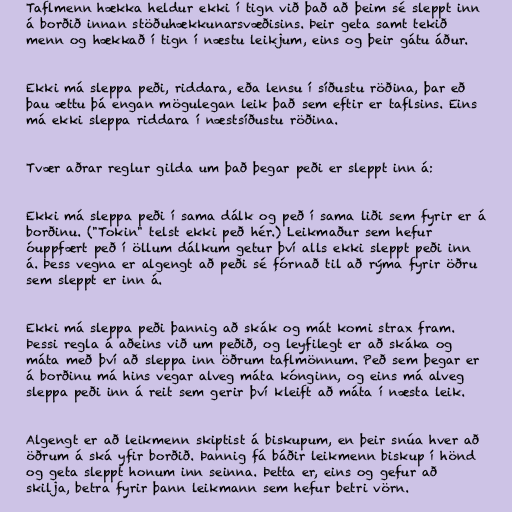
Taflmenn hækka heldur ekki í tign við það að þeim sé sleppt inn
á borðið innan stöðuhækkunarsvæðisins. Þeir geta samt tekið
menn og hækkað í tign í næstu leikjum, eins og þeir gátu áður.

Ekki má sleppa peði, riddara, eða lensu í síðustu röðina, þar eð
þau ættu þá engan mögulegan leik það sem eftir er taflsins. Eins
má ekki sleppa riddara í næstsíðustu röðina.

Tvær aðrar reglur gilda um það þegar peði er sleppt inn á:

Ekki má sleppa peði í sama dálk og peð í sama liði sem fyrir er á
borðinu. ("Tokin" telst ekki peð hér.) Leikmaður sem hefur
óuppfært peð í öllum dálkum getur því alls ekki sleppt peði inn
á. Þess vegna er algengt að peði sé fórnað til að rýma fyrir öðru
sem sleppt er inn á.

Ekki má sleppa peði þannig að skák og mát komi strax fram.
Þessi regla á aðeins við um peðið, og leyfilegt er að skáka og
máta með því að sleppa inn öðrum taflmönnum. Peð sem þegar er
á borðinu má hins vegar alveg máta kónginn, og eins má alveg
sleppa peði inn á reit sem gerir því kleift að máta í næsta leik.

Algengt er að leikmenn skiptist á biskupum, en þeir snúa hver að
öðrum á ská yfir borðið. Þannig fá báðir leikmenn biskup í hönd
og geta sleppt honum inn seinna. Þetta er, eins og gefur að
skilja, betra fyrir þann leikmann sem hefur betri vörn.